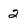
Character: 2